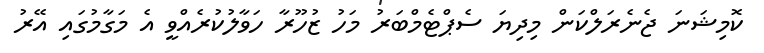
ކޮމިޝަނަ ޖެނެރަލްކަން މިދިޔަ ސެޕްޓެމްބަރު މަހު ޒުހޫރާ ހަވާލުކުރެއްވީ އެ މަގާމުގައި އޭރު